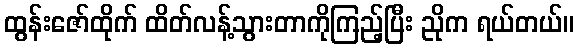
ထွန်းဇော်ထိုက် ထိတ်လန့်သွားတာကိုကြည့်ပြီး ညိုက ရယ်တယ်။